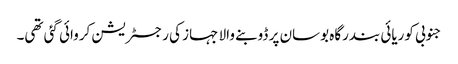
جنوبی کوریائی بندرگاہ بوسان پر ڈوبنے والا جہاز کی رجسٹریشن کروائی گئی تھی۔